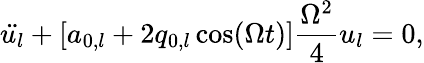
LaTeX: \ddot{u_{l}}+\left[a_{0,l}+2q_{0,l}\cos(\Omega t)\right]\frac{\Omega^{2}}{4}u_{l}=0,